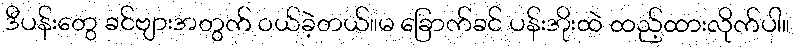
ဒီပန်းတွေ ခင်ဗျားအတွက် ဝယ်ခဲ့တယ်။မ ခြောက်ခင် ပန်းအိုးထဲ ထည့်ထားလိုက်ပါ။